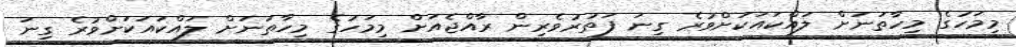
މިމަހުގެ މިހާތަނަށް ލައްކައަކަށްވުރެ ގިނަ ފަތުރުވެރިން ރާއްޖެއަށް މިމަހުގެ މިހާތަނަށް ލައްކައަކަށްވުރެ ގިނަ